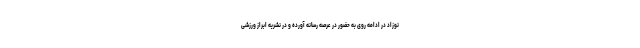
نوزاد در ادامه روی به حضور در عرصه رسانه آورده و در نشریه ابراز ورزشی